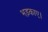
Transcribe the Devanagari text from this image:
भड़काए।